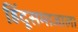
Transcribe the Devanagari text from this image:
हिंदूसमाजाला